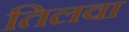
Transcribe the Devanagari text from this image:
तिलवा